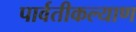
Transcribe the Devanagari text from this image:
पार्वतीकल्याण